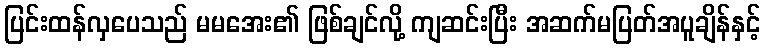
ပြင်းထန်လှပေသည် မမအေး၏ ဖြစ်ချင်လို့ ကျဆင်းပြီး အဆက်မပြတ်အပူချိန်နှင့်